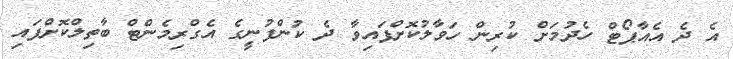
އެ ދެ އެއާޕޯޓް ހެދުމަށް ކުރިން ހަވާލުކޮށްފައިވާ ދެ ކުންފުނީގެ އެގްރިމެންޓް ބާތިލްކޮށްފައި